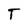
Character: T